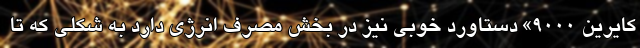
کایرین 9000» دستاورد خوبی نیز در بخش مصرف انرژی دارد به شکلی که تا